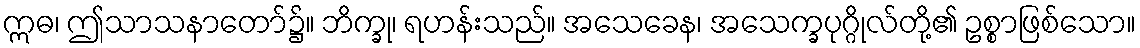
ဣဓ၊ ဤသာသနာတော်၌။ ဘိက္ခု၊ ရဟန်းသည်။ အသေခေန၊ အသေက္ခပုဂ္ဂိုလ်တို့၏ ဥစ္စာဖြစ်သော။